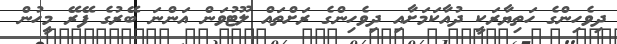
ދިވެހިންގެ ހަތިޔާރަކީ ދުއާކަމަށާއި ދިވެހިންގެ ރަށްތައް ލޫޓުވަން އަންނަ ބޭރުގެ ފޭރޭ މީހުން